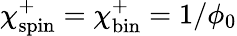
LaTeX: \chi_{\mathrm{spin}}^{+}=\chi_{\mathrm{bin}}^{+}=1/\phi_{0}